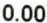
0.00